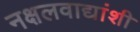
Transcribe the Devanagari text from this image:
नक्षलवाद्यांशी